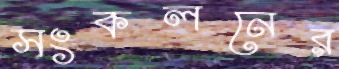
সংকলনের